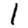
Digit: 1